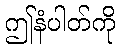
ဤနံပါတ်ကို